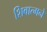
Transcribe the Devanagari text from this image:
शिवात्मने